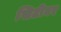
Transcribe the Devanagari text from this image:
सिटीवर